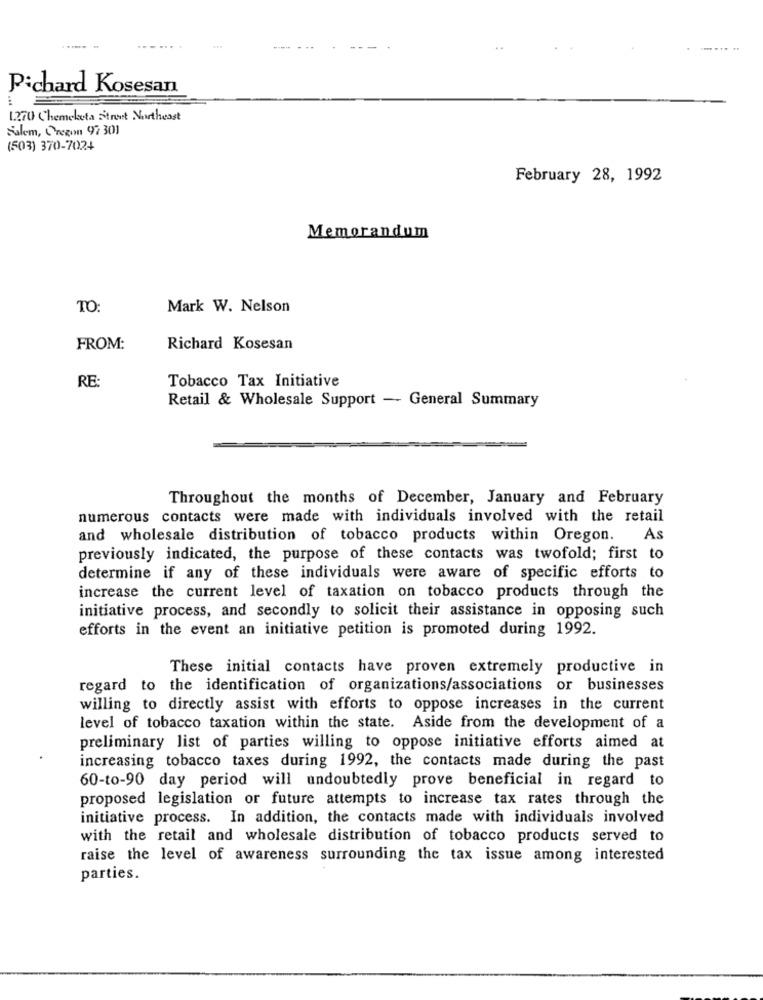
. ..
Pichard Kosesan
1270 Chemelata Street Northeast
Salem, Oregon 97 301
(503) 370-7024
February 28, 1992
Memorandum
TO:
Mark W. Nelson
FROM:
Richard Kosesan
Tobacco Tax Initiative
RE:
Retail & Wholesale Support - General Summary
Throughout the months of December, January and February
numerous contacts were made with individuals involved with the retail
and wholesale distribution of tobacco products within Oregon.
As
previously indicated, the purpose of these contacts was twofold; first to
determine if any of these individuals were aware of specific efforts to
increase the current level of taxation on tobacco products through the
initiative process, and secondly to solicit their assistance in opposing such
efforts in the event an initiative petition is promoted during 1992.
These initial contacts have proven extremely productive in
regard to the identification of organizations/associations or businesses
willing to directly assist with efforts to oppose increases in the current
level of tobacco taxation within the state. Aside from the development of a
preliminary list of parties willing to oppose initiative efforts aimed at
increasing tobacco taxes during 1992, the contacts made during the past
60-to-90 day period will undoubtedly prove beneficial in regard to
proposed legislation or future attempts to increase tax rates through the
initiative process. In addition, the contacts made with individuals involved
with the retail and wholesale distribution of tobacco products served to
raise the level of awareness surrounding the tax issue among interested
parties.